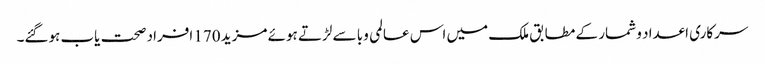
سرکاری اعداد و شمار کے مطابق ملک میں اس عالمی وبا سے لڑتے ہوئے مزید 170 افراد صحت یاب ہوگئے۔